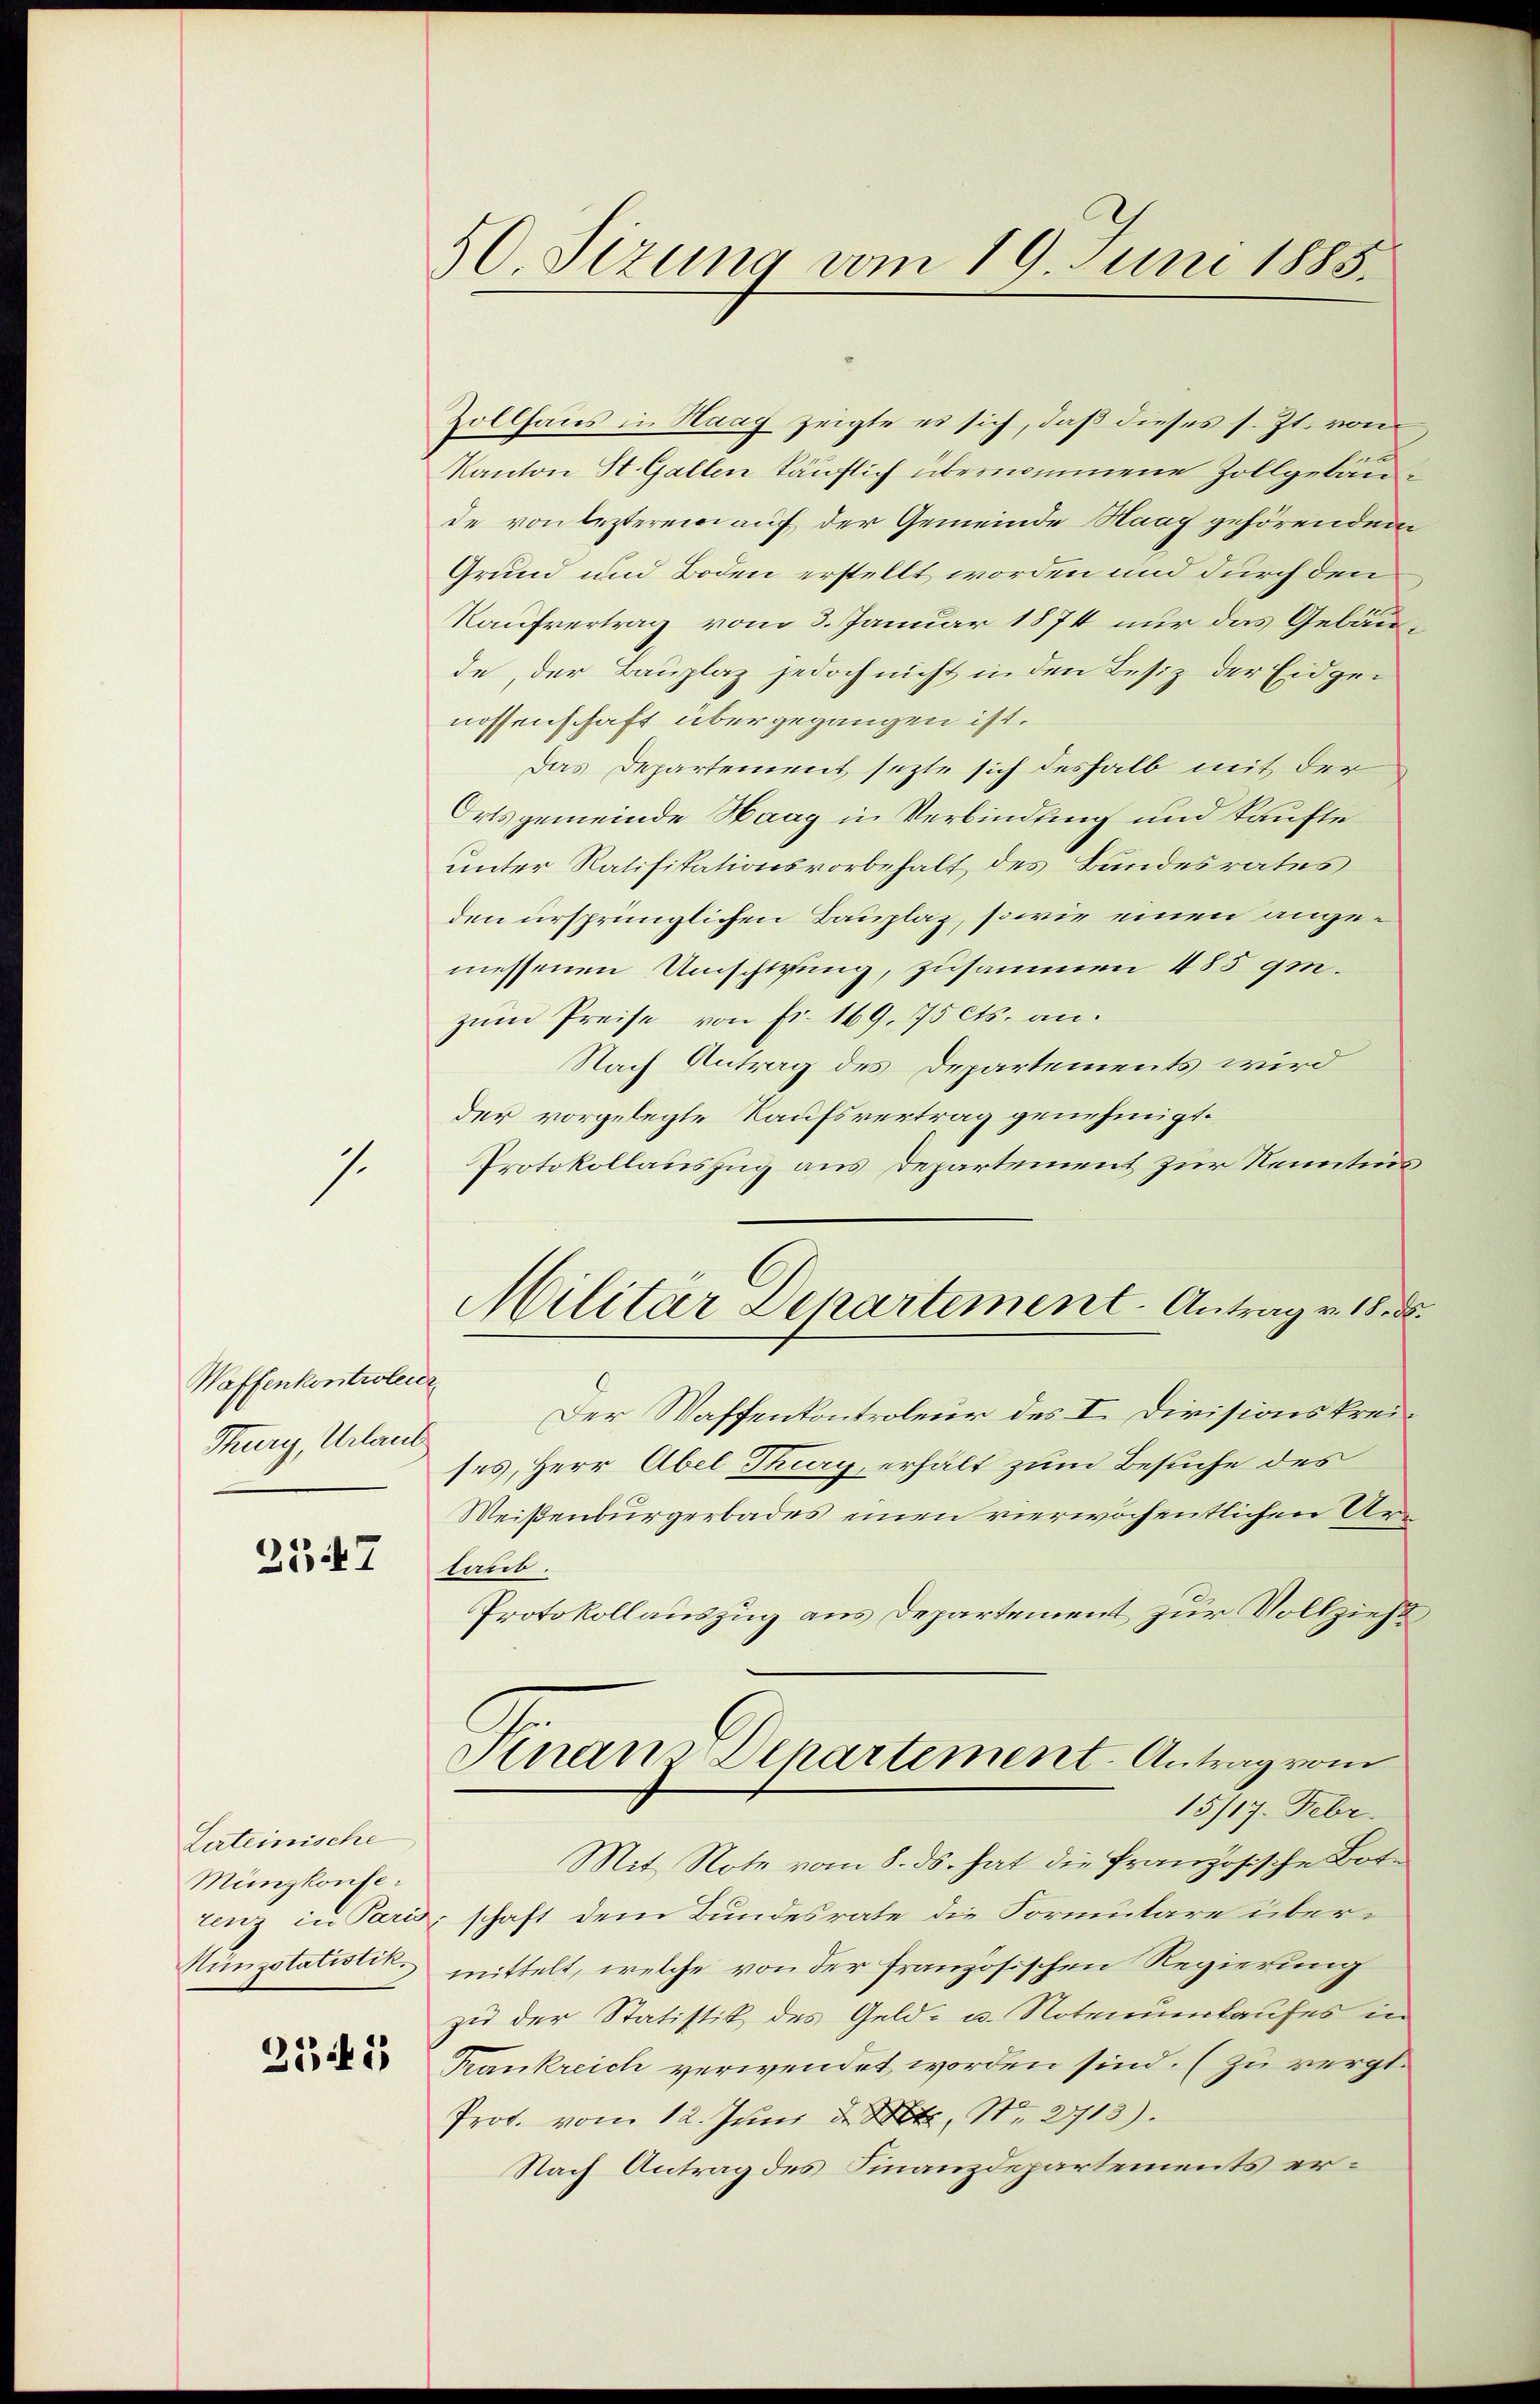
7.

Waffenkontrolenz
Thury, Urlaub

2547

Lateinische
Münzkonfe¬

251)

50. Sizung vom 19. Juni 1883.

Zollhaus in Haag zeigte es sich, daß dieses s. Zt. von
Kanton St. Gallen käuflich übernommene Zollgebäude von lezterem auf der Gemeinde Haag gehörendem
Grund und Boden erstellt worden und durch den
Kaufvertrag vom 3. Januar 1874 nur das Gebäude, der Bauplaz jedoch nicht in den Besiz der Eidgen
nossenschaft übergegangen ist.
Das Departement sezte sich deshalb mit der
Ortsgemeinde Haag in Verbindung und kaufte
unter Ratifikationsvorbehalt des Bundesrates
den ursprünglichen Bauplaz, sowie einen angemessenen Umschlung, zusammen 485 gm.
zum Preise von fr. 169. 775 Cts. an.
Nach Antrag des Departements wird
der vorgelegte Kaufsvertrag genehmigt.
Protokollauszug aus Departement zur Kenntnis
Der Waffenkontroleur des I. Divisionskreises, Herr Abel Thury, erhält zum Besuche des
Weißenburgerbades einen vierwöchentlichen Ar
taub.
Protokollauszug aus Departement zur Vollzieht,
Finanz Departement-Antrag vom
15/17. Febr.
Mit Note vom 8. ds. hat die französische Bote
zenz in Paris, schaft dem Bundesrate die Formutare über¬
Münzstatistik mittelt, welche von der französischen Regierung
zu der Statistik des Geld- u. Notenuerkaufes in
Kankreich verwendet worden sind. (zu vergl.
Prot. vom 12. Juni d. M. Nr. 2713).
Nach Antrag des Finanzdepartements er¬

Militar Departement. Antrag v. 18. d.